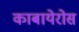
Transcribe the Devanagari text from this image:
काबायेरोस